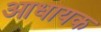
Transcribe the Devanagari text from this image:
आधायक